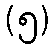
(၅)